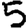
Digit: 5